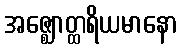
အဇ္ဈောတ္ထရိယမာနော